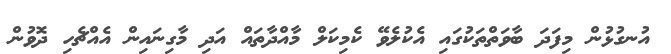
އުނގުޅުން މިފަދަ ބާވަތްތަކުގައި އެކުލެވޭ ކެމިކަލް މާއްދާތައް އަދި މާގިނައިން އެއްޗެހި ދޮވުން